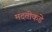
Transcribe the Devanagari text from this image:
मदतीकडे